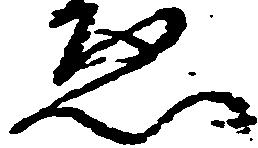
ゑ